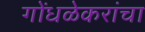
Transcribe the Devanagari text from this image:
गोंधळेकरांचा